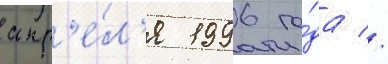
апр'е́л'я 1996 го́да //